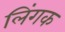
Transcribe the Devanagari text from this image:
लिंगक